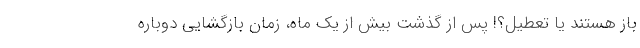
باز هستند یا تعطیل؟! پس از گذشت بیش از یک ماه، زمان بازگشایی دوباره